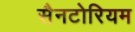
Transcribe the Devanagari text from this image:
सैनटोरियम